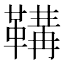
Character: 鞲